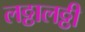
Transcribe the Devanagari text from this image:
लठ्ठालठ्ठी